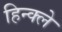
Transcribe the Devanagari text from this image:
हिन्क्ले